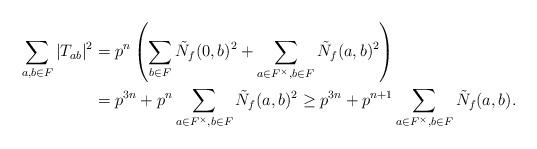
LaTeX: \begin{align*}\sum_{a, b \in F} |T_{a b}|^2 &= p^n \left( \sum_{b \in F} \tilde{N}_f (0, b)^2 + \sum_{a \in F^{\times}, b \in F} \tilde{N}_f (a, b)^2 \right) \\&= p^{3 n} + p^n \sum_{a \in F^{\times}, b \in F} \tilde{N}_f (a, b)^2 \geq p^{3n} + p^{n+1} \sum_{a \in F^{\times}, b \in F} \tilde{N}_f (a, b). \end{align*}